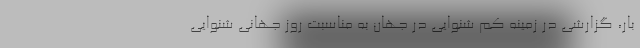
بار، گزارشی در زمینه کم شنوایی در جهان به مناسبت روز جهانی شنوایی